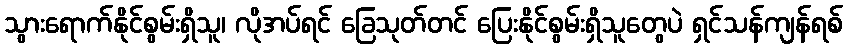
သွားရောက်နိုင်စွမ်းရှိသူ၊ လိုအပ်ရင် ခြေသုတ်တင် ပြေးနိုင်စွမ်းရှိသူတွေပဲ ရှင်သန်ကျန်ရစ်